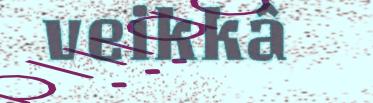
veikkâ